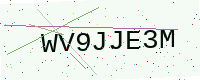
Text: WV9JJE3M